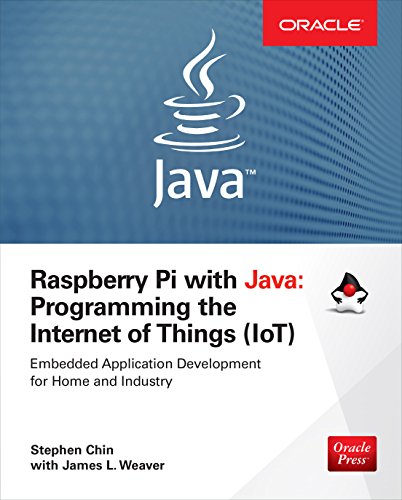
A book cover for Raspberry Pi with Java: Programming the Internet of Things (IoT); Stephen Chin; Computers & Technology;